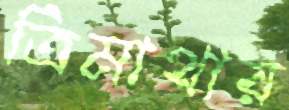
ত্রিমাথায়